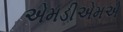
એમડીએમએ